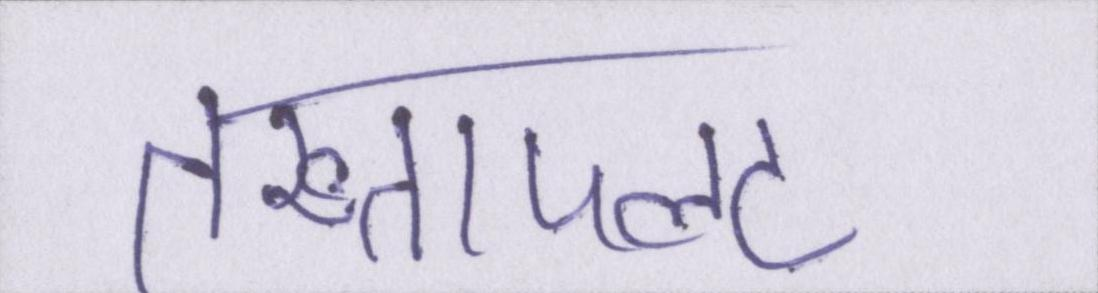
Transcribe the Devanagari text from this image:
तख्तापलट